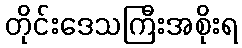
တိုင်းဒေသကြီးအစိုးရ